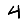
Digit: 4